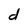
Character: d